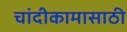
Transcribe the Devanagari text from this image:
चांदीकामासाठी